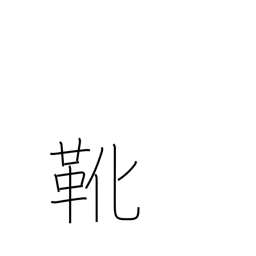
Meaning: shoes